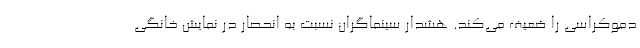
دموکراسی را ضعیف می‌کند. هشدار سینماگران نسبت به انحصار در نمایش خانگی